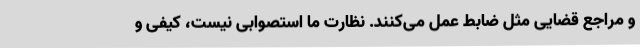
و مراجع قضایی مثل ضابط عمل می‌کنند. نظارت ما استصوابی نیست، کیفی و